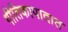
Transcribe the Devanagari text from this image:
गीतिकापादात